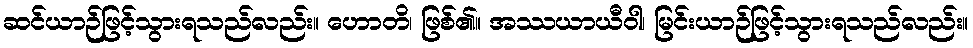
ဆင်ယာဉ်ဖြင့်သွားရသည်လည်း။ ဟောတိ၊ ဖြစ်၏။ အဿယာယီဝါ၊ မြင်းယာဉ်ဖြင့်သွားရသည်လည်း။